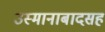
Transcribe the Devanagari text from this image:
उस्मानाबादसह